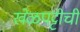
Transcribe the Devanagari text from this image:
खेळपट्टीची